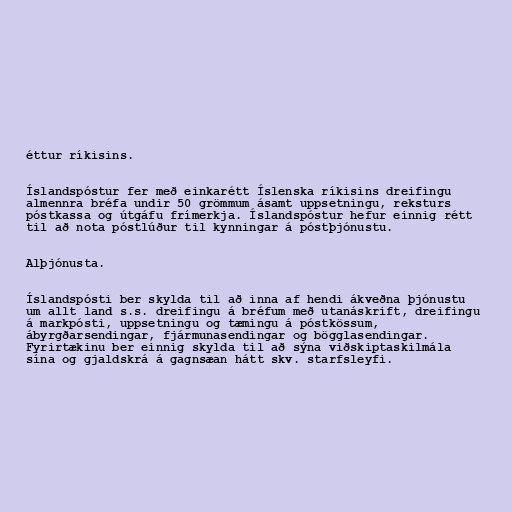
éttur ríkisins.

Íslandspóstur fer með einkarétt Íslenska ríkisins dreifingu
almennra bréfa undir 50 grömmum ásamt uppsetningu, reksturs
póstkassa og útgáfu frímerkja. Íslandspóstur hefur einnig rétt
til að nota póstlúður til kynningar á póstþjónustu.

Alþjónusta.

Íslandspósti ber skylda til að inna af hendi ákveðna þjónustu
um allt land s.s. dreifingu á bréfum með utanáskrift, dreifingu
á markpósti, uppsetningu og tæmingu á póstkössum,
ábyrgðarsendingar, fjármunasendingar og bögglasendingar.
Fyrirtækinu ber einnig skylda til að sýna viðskiptaskilmála
sína og gjaldskrá á gagnsæan hátt skv. starfsleyfi.